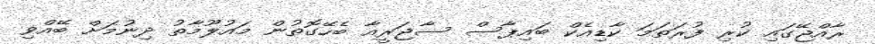
ރާއްޖޭގައި ކުރި ފުރަތަމަ ކާޑިއެކް ބައިޕާސް ސާޖަރީއާ ބެހޭގޮތުން މައުލޫމާތު ދިނުމަށް ބޭއްވި